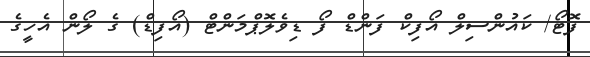
ފޮޓޯ/ ކައުންސިލް އޯފިކް ފަންޑް ފޯ ޑިވެލޮޕްމަންޓް (އޯފިޑް) ގެ ލޯން އެހީގެ